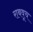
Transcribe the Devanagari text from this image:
राबवूच